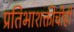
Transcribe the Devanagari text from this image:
प्रतिभाशक्तीचीही